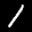
Label: 1